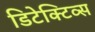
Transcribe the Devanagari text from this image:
डिटेक्टिव्स